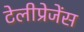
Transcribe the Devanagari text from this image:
टेलीप्रेजेंस